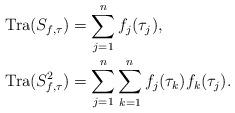
LaTeX: \begin{align*}&\operatorname{Tra}(S_{f,\tau})=\sum_{j=1}^nf_j(\tau_j), \\& \operatorname{Tra}(S^2_{f,\tau})=\sum_{j=1}^n\sum_{k=1}^nf_j(\tau_k)f_k(\tau_j).\end{align*}